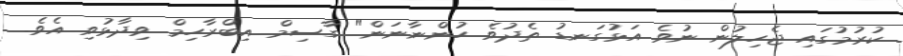
ކުރުމުގައި ޖެހިލުން ނުވެ އަޅުގަނޑު ތެދުވެ ހުންނާނަން" ގާސިމް އިބްރާހިމް ވިދާޅުވި އެވެ.